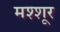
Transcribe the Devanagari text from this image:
मश्शूर